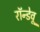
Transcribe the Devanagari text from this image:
रॉन्डेवू